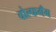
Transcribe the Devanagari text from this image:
वोल्फगँग